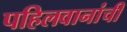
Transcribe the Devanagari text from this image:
पहिलवानांची